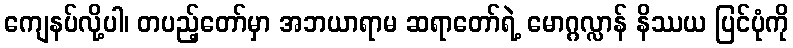
ကျေနပ်လို့ပါ၊ တပည့်တော်မှာ အဘယာရာမ ဆရာတော်ရဲ့ မောဂ္ဂလ္လာန် နိဿယ ပြင်ပုံကို